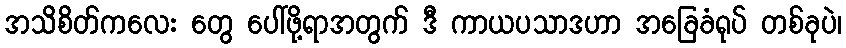
အသိစိတ်ကလေး တွေ ပေါ်ဖို့ရာအတွက် ဒီ ကာယပသာဒဟာ အခြေခံရုပ် တစ်ခုပဲ၊